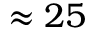
\approx 2 5